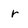
Character: r